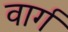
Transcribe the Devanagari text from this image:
वार्ग